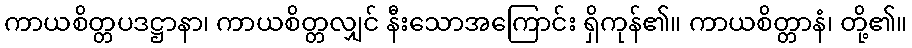
ကာယစိတ္တပဒဋ္ဌာနာ၊ ကာယစိတ္တလျှင် နီးသောအကြောင်း ရှိကုန်၏။ ကာယစိတ္တာနံ၊ တို့၏။